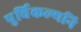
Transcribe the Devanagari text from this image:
पुर्विकल्यनि